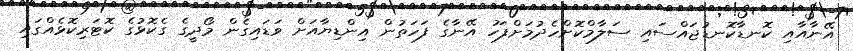
އޭނާއާއި ކޮނޑާކޮނޑުޖައްސައި ސަލާމްކޮށްހެދުމަށްފަހު އޭނާގެ ފަހަތުން އިންޑިޔާއަށް ވަޑައިގެން މޯދީގެ ގެކޮޅުގެ ކޮޓަރިކޮޅެއްގައި